Punjab Mental Hospital Lahore 1932-46 - 1932-1946
Year: 1932
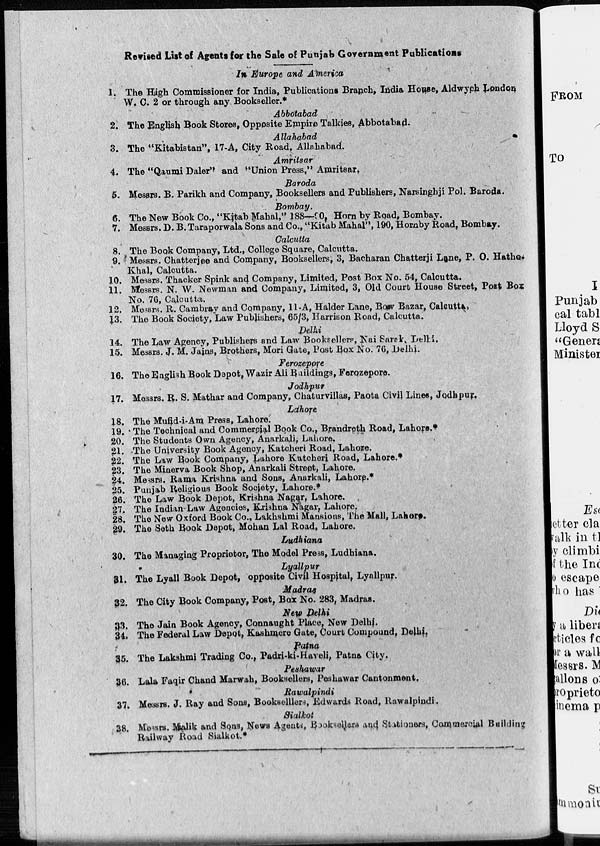
Revised List of Agents for the Sale of Punjab Government Publications
In Europe and America
1 The Hiigh Commissioner for India, Publications Branch. India House, Aldwych London
W. C. 2 or through any Bookseller.*
Abbotabad
2. The English Book Stores, Opposite Empire Talkies, Abbotabad.
Allahabad
3. The "Kitabistan", 17-A, City Road, Allahabad.
Amritsar
4. The "Qaumi Daler" and "Union Press," Amritsar,
Baroda
5. Messrs.B. Parikh and Company, Booksellers and Publishers, Narsinghji Pol. Baroda.
Bombay.
6. The New Book Co., "Kitab Mahal," 188-90, Horn by Road, Bombay.
7. Messrs. D. B. Taraporwala Sons and Co., "Kitab Mahal", 190, Hornby Road, Bombay.
Calcutta
8. The Book Company, Ltd., College Square, Calcutta.
9. Messrs. Chatterjee and Company, Booksellers; 3. Bacharan Chatterji Lane, P. O. Hatho.
Khal, Caloutta.
10. Messrs. Thacker Spink and Company, Limited, Post Box No. 54, Calcutta.
11. Messrs. N. W. Newman and Company, Limited, 3, Old Court House Street, Post Box
No. 76, Calcutta.
12. Messrs. R. Cambray and Company, 11-A, Halder Lane, Bow Bazar, Calcutta,
13. The Book Society, Law Publishers, 65/3, Harrison Road, Calcutta.
Delhi
14. The Law Agency, Publishers and Law Booksellers, Nai Sarak, Delhi.
15. Messrs. J. M. Jains, Brothers, Mori Gate, Post Box No. 76, Delhi.
Ferozepore
16. The English Book Depot, Wazir Ali Buildings, Ferozepore.
Jodhpur
17. Messrs. R. S. Mathar and Company, Chaturvillas, Paota Civil Lines, Jodhpur.
Lahore
18. The Mufid-i-Am Press, Lahore.
19.The Technical and Commercial Book Co., Brandreth Road, Lahore.*
20. The Students Own Agency, Anarkali, Lahore,
21. The University Book Agency, Katcheri Road, Lahore.
22. The Law Book Company, Lahore Katcheri Road, Lahore.
23. The Minerva Book Shop, Anarkali Street, Lahore.
24. Messrs. Rama Krishna and Sons, Anarkali, Lahore.*
25. Punjab Religious Book Society, Lahore.*
26. The Law Book Depot, Krishna Nagar, Lahore,
27. The Indian-Law Agencies, Krishna Nagar, Lahore,
28. The New Oxford Book Co., Lakhshmi Mansions, The Mall, Lahore.
29. The Seth Book Depot, Mohan Lal Road, Lahore,
Ludhiana
30. The Managing Proprietor, The Model Press, Ludhiana.
Lyallpur
31. The Lyall Book Depot, opposite Civil Hospital, Lyallpur.
Madras
32. The City Book Company, Post, Box No. 283, Madras.
33. The Jain Book Agency, Connaught Place, New Delhi.
34. The Federal Law Depot, Kashmere Gate, Court Compound, Delhi
35. The Lakshmi Trading Co., Padri -ki-Haveli, Patna City.
Peshawar
36. Lala Faqir Chand Marwah, Booksellers, Peshawar Cantonment.
Rawalpindi
37. Messrs. J. Ray and Sons, Booksellers, Edwards Road, Rawalpindi,
Sialkot
38. Messrs. Malik and Sons, News Agents, Booksellere and Stationers, Commercial Building
Railway Road Sialkot.*